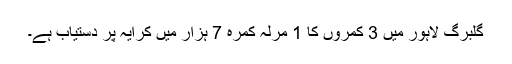
گلبرگ لاہور میں 3 کمروں کا 1 مرلہ کمرہ 7 ہزار میں کرایہ پر دستیاب ہے۔